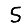
Digit: 5